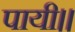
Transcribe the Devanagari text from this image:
पायी।।